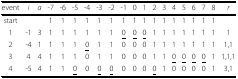
<table><thead><tr><td><b>event</b></td><td><b><i>i</i></b></td><td><b><i>a</i></b></td><td><b>-7</b></td><td><b>-6</b></td><td><b>-5</b></td><td><b>-4</b></td><td><b>-3</b></td><td><b>-2</b></td><td><b>-1</b></td><td><b>0</b></td><td><b>1</b></td><td><b>2</b></td><td><b>3</b></td><td><b>4</b></td><td><b>5</b></td><td><b>6</b></td><td><b>7</b></td><td><b>8</b></td><td><b><i>r</i></b></td></tr></thead><tbody><tr><td>start</td><td></td><td></td><td>1</td><td>1</td><td>1</td><td>1</td><td>1</td><td>1</td><td>1</td><td>1</td><td>1</td><td>1</td><td>1</td><td>1</td><td>1</td><td>1</td><td>1</td><td>1</td><td></td></tr><tr><td>1</td><td>-1</td><td>3</td><td>1</td><td>1</td><td>1</td><td>1</td><td>1</td><td>1</td><td><underline>0</underline></td><td><underline>0</underline></td><td><underline>0</underline></td><td>1</td><td>1</td><td>1</td><td>1</td><td>1</td><td>1</td><td>1</td><td>1</td></tr><tr><td>2</td><td>-4</td><td>1</td><td>1</td><td>1</td><td>1</td><td><underline>0</underline></td><td>1</td><td>1</td><td>0</td><td>0</td><td>0</td><td>1</td><td>1</td><td>1</td><td>1</td><td>1</td><td>1</td><td>1</td><td>1,1</td></tr><tr><td>3</td><td>4</td><td>4</td><td>1</td><td>1</td><td>1</td><td>0</td><td>1</td><td>1</td><td>0</td><td>0</td><td>0</td><td>1</td><td>1</td><td><underline>0</underline></td><td><underline>0</underline></td><td><underline>0</underline></td><td><underline>0</underline></td><td>1</td><td>1,1,1</td></tr><tr><td>4</td><td>-5</td><td>4</td><td>1</td><td>1</td><td><underline>0</underline></td><td>0</td><td><underline>0</underline></td><td><underline>0</underline></td><td>0</td><td>0</td><td>0</td><td><underline>0</underline></td><td>1</td><td>0</td><td>0</td><td>0</td><td>0</td><td>1</td><td>3,1</td></tr></tbody></table>